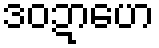
ဒဝဍာဟေ